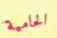
الحامية